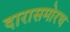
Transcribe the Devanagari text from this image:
दारासमोरच